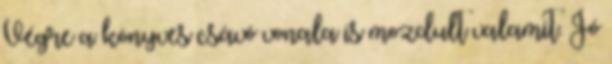
Végre a könyves csávó vonala is mozdult valamit. Jó